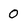
Character: 0